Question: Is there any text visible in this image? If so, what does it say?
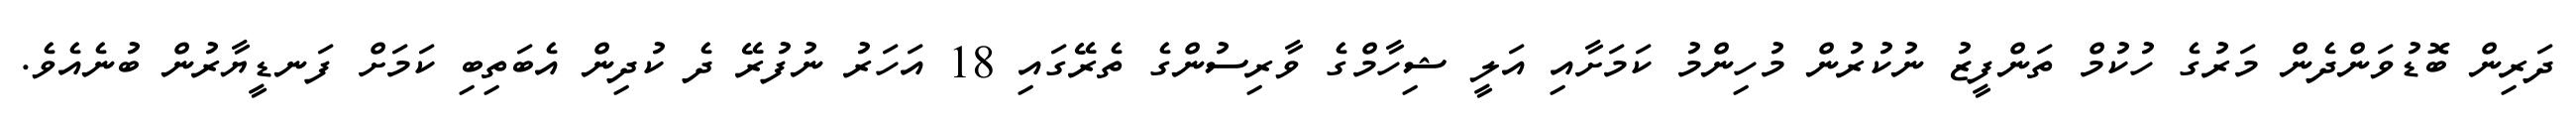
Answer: ދަރިން ބޮޑުވަންދެން މަރުގެ ހުކުމް ތަންފީޒު ނުކުރުން މުހިންމު ކަމަށާއި އަލީ ޝިހާމްގެ ވާރިސުންގެ ތެރޭގައި 18 އަހަރު ނުފުރޭ ދެ ކުދިން އެބަތިބި ކަމަށް ފަނޑީޔާރުން ބުނެއެވެ.